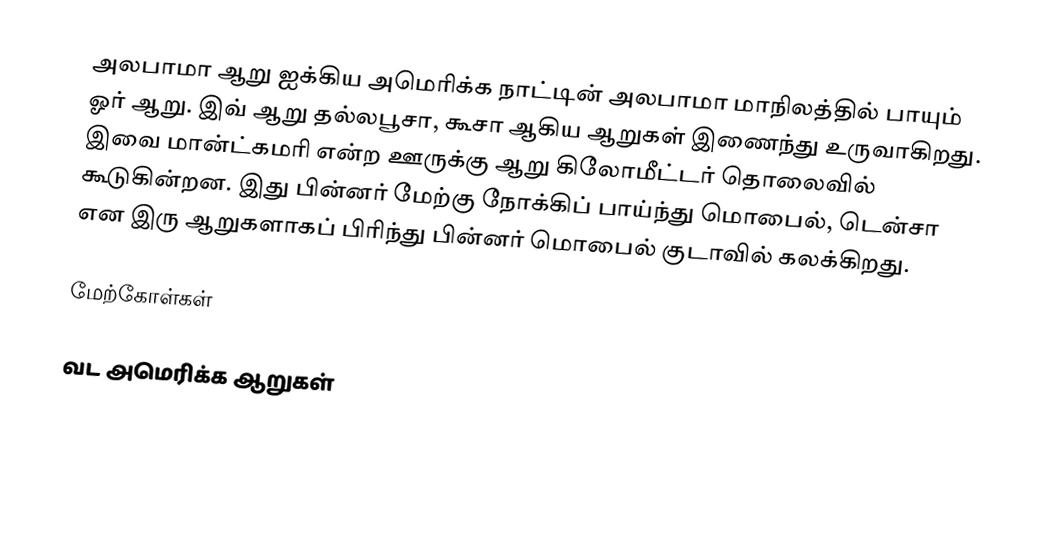
அலபாமா ஆறு ஐக்கிய அமெரிக்க நாட்டின் அலபாமா மாநிலத்தில் பாயும் ஓர் ஆறு. இவ் ஆறு தல்லபூசா, கூசா ஆகிய ஆறுகள் இணைந்து உருவாகிறது. இவை மான்ட்கமரி என்ற ஊருக்கு ஆறு கிலோமீட்டர் தொலைவில் கூடுகின்றன. இது பின்னர் மேற்கு நோக்கிப் பாய்ந்து மொபைல், டென்சா என இரு ஆறுகளாகப் பிரிந்து பின்னர் மொபைல் குடாவில் கலக்கிறது.

மேற்கோள்கள்

வட அமெரிக்க ஆறுகள்